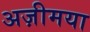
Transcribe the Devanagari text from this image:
अज़ीमया